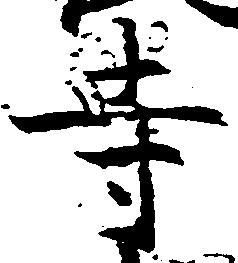
寺